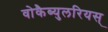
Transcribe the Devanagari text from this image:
वोकैब्युलरियस्